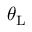
\theta _ { \mathrm { L } }